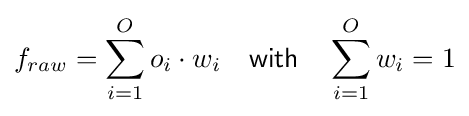
f_{raw}=\sum _{i=1}^{O}{o_{i}\cdot w_{i}}\quad {\mathsf {with}}\quad \sum _{i=1}^{O}{w_{i}}=1